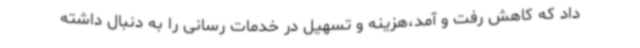
داد که کاهش رفت و آمد،هزینه و تسهیل در خدمات رسانی را به دنبال داشته